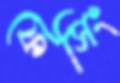
ফেসিং